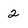
Character: 2